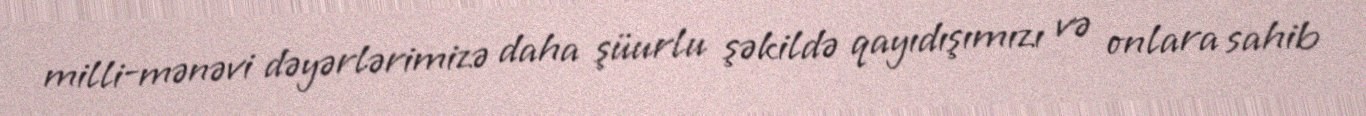
milli-mənəvi dəyərlərimizə daha şüurlu şəkildə qayıdışımızı və onlara sahib